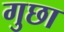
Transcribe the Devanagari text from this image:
गुछा